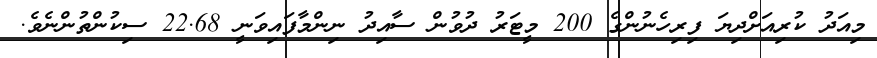
މިއަދު ކުރިއަށްދިޔަ ފިރިހެނުންގެ 200 މީޓަރު ދުވުން ސާއިދު ނިންމާފައިވަނީ 22.68 ސިކުންތުންނެވެ.